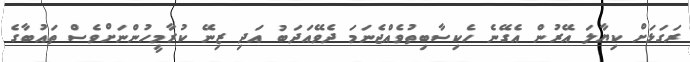
ރަގަޅަށް ކިޔާލަ އޭރުން އެގޭނެ ހެކިސާބިތުވެއްޖެނަމަ ދެވޭއަދަބު އަދި ޒިނޭ ކުރާމީހުންނަށްވެސް ތައުބާގެ